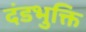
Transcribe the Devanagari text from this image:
दंडभुक्ति